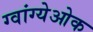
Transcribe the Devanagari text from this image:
ग्वांग्येओक